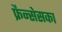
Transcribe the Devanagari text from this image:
फ्रैन्सेसका